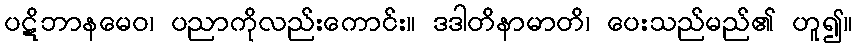
ပဋိဘာနမေဝ၊ ပညာကိုလည်းကောင်း။ ဒဒါတိနာမာတိ၊ ပေးသည်မည်၏ ဟူ၍။